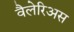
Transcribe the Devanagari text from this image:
वैलेरिअस